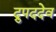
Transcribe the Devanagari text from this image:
द्रुपददेव